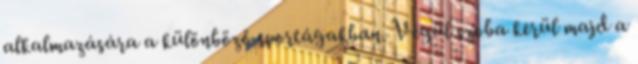
alkalmazására a különböző sportágakban. Végül szóba kerül majd a